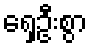
ရှေ့ဦးစွာ